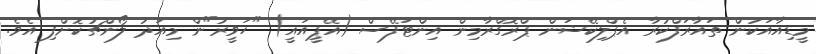
މީޑިއާއަކުން ތައާރަފްކުރާ އެޕްލިކޭޝަން ޕްރޮގްރާމިން އިންޓަފޭސް (އޭޕީއައީ) "ހަވީރު"ން މިއަދު ލޯންޗުކޮށްފި އެވެ.